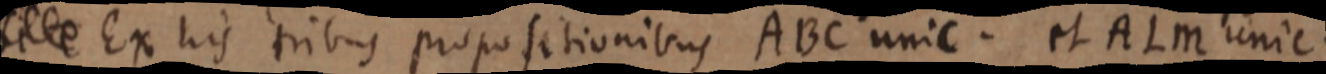
Si e Ex his tribus propositionibus ABC unic. et ALM unic